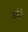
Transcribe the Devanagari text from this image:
तोपें।